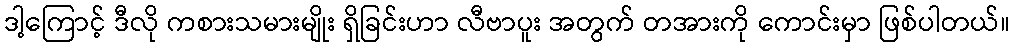
ဒါ့ကြောင့် ဒီလို ကစားသမားမျိုး ရှိခြင်းဟာ လီဗာပူး အတွက် တအားကို ကောင်းမှာ ဖြစ်ပါတယ်။